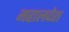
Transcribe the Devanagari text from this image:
महालदेश